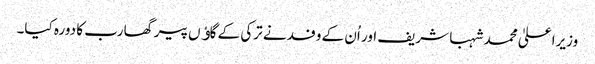
وزیراعلیٰ محمد شہبا شریف اور اُن کے وفد نے ترکی کے گاﺅں پیرگھا رب کا دورہ کیا۔